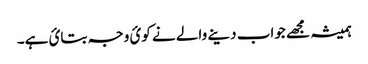
ہمیشہ مجھے جواب دینے والے نے کوئ وجہ بتائ ہے۔